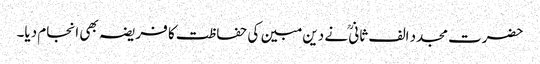
حضرت مجدد الف ثانیؒ نے دین مبین کی حفاظت کا فریضہ بھی انجام دیا۔